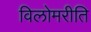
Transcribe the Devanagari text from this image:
विलोमरीति